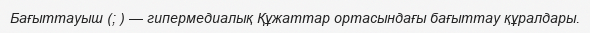
Бағыттауыш (; ) — гипермедиалық Құжаттар ортасындағы бағыттау құралдары.